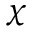
\chi